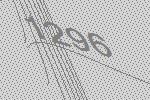
1296